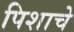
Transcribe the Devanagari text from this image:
पिशाचे